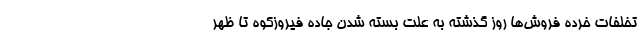
تخلفات خرده فروش‌ها روز گذشته به علت بسته شدن جاده فیروزکوه تا ظهر